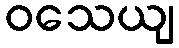
ဝသေယျ